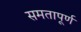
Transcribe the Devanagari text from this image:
समतापूर्ण